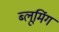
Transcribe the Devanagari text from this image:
ब्लूमिंग